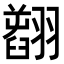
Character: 𦒟